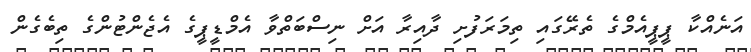
އަނެއްކާ ޕީޕީއެމްގެ ތެރޭގައި ތިމަރަފުށި ދާއިރާ އަށް ނިސްބަތްވާ އެމްޑީޕީގެ އެޖެންޓުންގެ ތިބެގެން